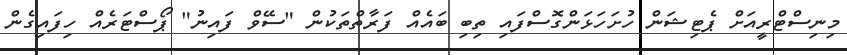
މިނިސްޓްރީއަށް ޕެޓިޝަން ހުށަހަޅަންގޮސްފައި ތިބި ބައެއް ފަރާތްތަކުން "ސޭވް ފައިނު" ޕޯސްޓަރެއް ހިފައިގެން